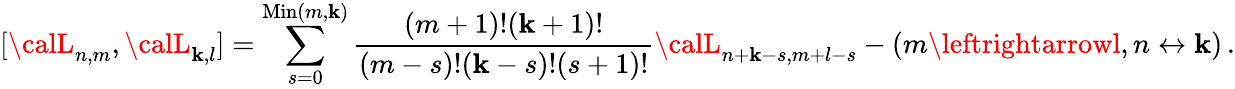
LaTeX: [{\calL}_{n,m},{\calL}_{\mathbf{k},l}]=\sum_{s=0}^{\mathrm{{Min}}(m,\mathbf{k})}{\frac{{(m+1)!(\mathbf{k}+1)!}}{{(m-s)!(\mathbf{k}-s)!(s+1)!}}}{\calL}_{n+\mathbf{k}-s,m+l-s}-(m\leftrightarrowl,n\leftrightarrow\mathbf{k})\, .